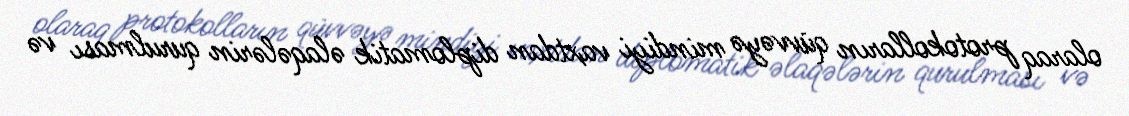
olaraq protokolların qüvvəyə mindiyi vaxtdan diplomatik əlaqələrin qurulması və